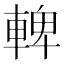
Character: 䡟